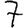
Digit: 7